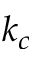
k _ { c }